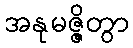
အနုမဇ္ဇိတွာ